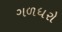
ગળધરો